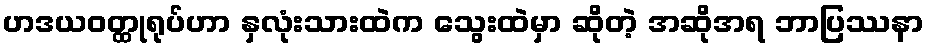
ဟဒယဝတ္ထုရုပ်ဟာ နှလုံးသားထဲက သွေးထဲမှာ ဆိုတဲ့ အဆိုအရ ဘာပြဿနာ